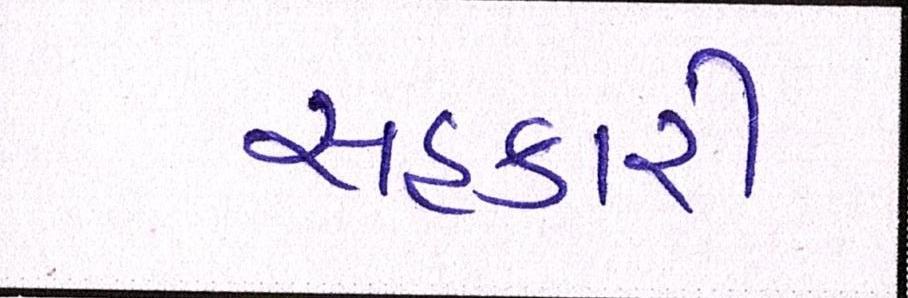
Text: સહકારી